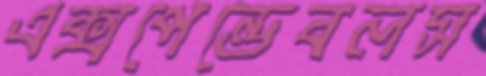
এক্সপেন্ডেবলস